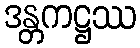
ဒန္တကဋ္ဌဿ